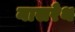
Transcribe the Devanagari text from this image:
नासरेथ